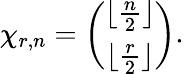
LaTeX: \chi_{r,n}={\binom{\lfloor{\frac{n}{2}}\rfloor}{\lfloor{\frac{r}{2}}\rfloor}}.